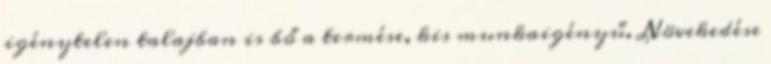
igénytelen talajban is bő a termése, kis munkaigényű. Növekedése